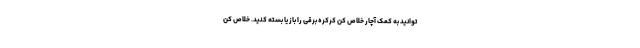
توانید به کمک آچار خلاص کن کرکره برقی را باز یا بسته کنید. خلاص کن